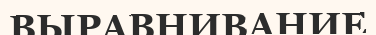
ВЫРАВНИВАНИЕ